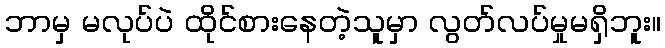
ဘာမှ မလုပ်ပဲ ထိုင်စားနေတဲ့သူမှာ လွတ်လပ်မှုမရှိဘူး။